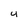
Character: 4